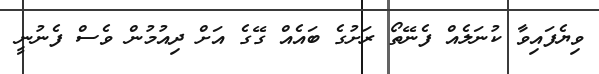
ވިޔެފައިވާ ކުނަލެއް ފެނޭތޯ ރަށުގެ ބައެއް ގޭގެ އަށް ދިއުމުން ވެސް ފެނުނީ